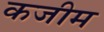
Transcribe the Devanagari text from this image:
कजीम